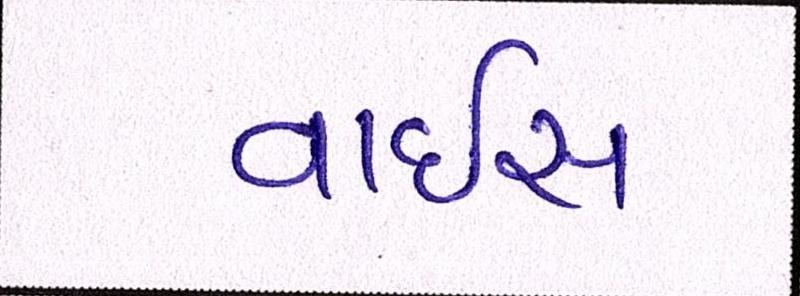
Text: વાઈસ